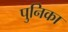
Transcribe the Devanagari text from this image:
पुनिका